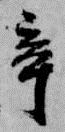
辛